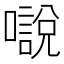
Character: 𡁾